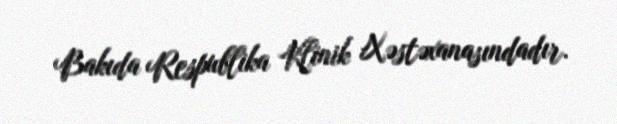
Bakıda Respublika Klinik Xəstəxanasındadır.